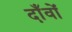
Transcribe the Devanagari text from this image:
दाँवों